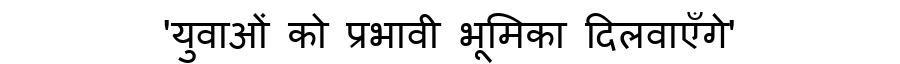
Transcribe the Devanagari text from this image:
'युवाओं को प्रभावी भूमिका दिलवाएँगे'